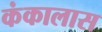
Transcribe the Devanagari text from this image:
कंकालास